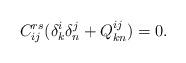
LaTeX: \begin{align*}C^{rs}_{ij}(\delta ^i_k \delta ^j_n+Q^{ij}_{kn})=0.\end{align*}